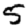
Digit: 5